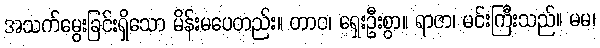
အသက်မွေးခြင်းရှိသော မိန်းမပေတည်း။ တာဝ၊ ရှေးဦးစွာ။ ရာဇာ၊ မင်းကြီးသည်။ မမ၊